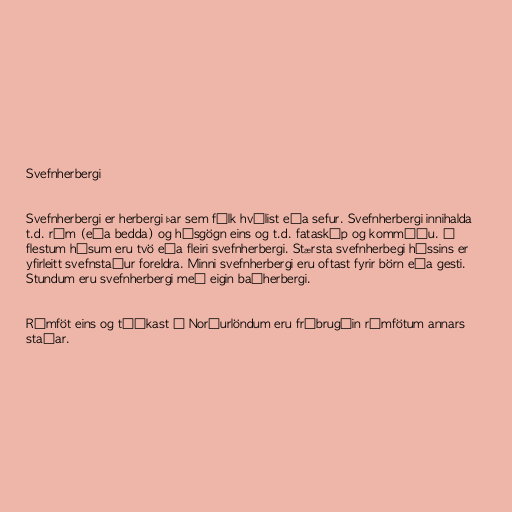
Svefnherbergi

Svefnherbergi er herbergi þar sem fólk hvílist eða sefur. Svefnherbergi innihalda
t.d. rúm (eða bedda) og húsgögn eins og t.d. fataskáp og kommóðu. Í
flestum húsum eru tvö eða fleiri svefnherbergi. Stærsta svefnherbegi hússins er
yfirleitt svefnstaður foreldra. Minni svefnherbergi eru oftast fyrir börn eða gesti.
Stundum eru svefnherbergi með eigin baðherbergi.

Rúmföt eins og tíðkast á Norðurlöndum eru frábrugðin rúmfötum annars
staðar.